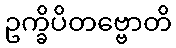
ဥက္ခိပိတဗ္ဗောတိ